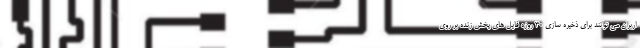
اربران می توانند برای ذخیره سازی ۳۰ روزه فایل های پخش زنده بر روی